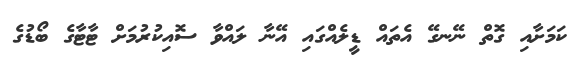
ކަމަށާއި ގޮތް ނޭނގޭ އެތައް ޑީލެއްގައި އޭނާ ލައްވާ ސޮއިކުރުމަށް ޓާޓާގެ ބޯޑުގެ